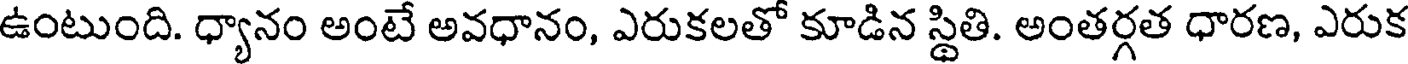
ఉంటుంది. ధ్యానం అంటే అవధానం, ఎరుకలతో కూడిన స్థితి. అంతర్గత ధారణ, ఎరుక